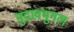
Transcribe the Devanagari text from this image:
मुदावंमुगल